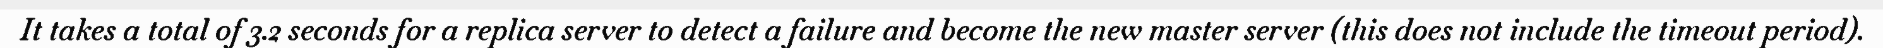
It takes a total of 3.2 seconds for a replica server to detect a failure and become the new master server (this does not include the timeout period).